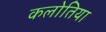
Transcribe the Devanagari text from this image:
कलोतिया